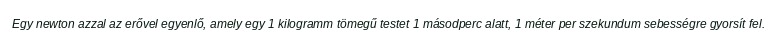
Egy newton azzal az erővel egyenlő, amely egy 1 kilogramm tömegű testet 1 másodperc alatt, 1 méter per szekundum sebességre gyorsít fel.